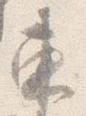
東